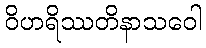
ဝိဟရိဿတိနာသဝေါ